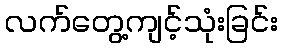
လက်တွေ့ကျင့်သုံးခြင်း